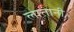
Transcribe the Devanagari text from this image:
लातानी